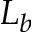
L _ { b }